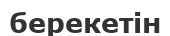
берекетін